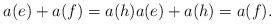
LaTeX: \begin{align*} a(e) + a(f) = a(h) a(e) + a(h) = a(f).\end{align*}